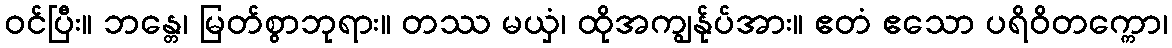
ဝင်ပြီး။ ဘန္တေ၊ မြတ်စွာဘုရား။ တဿ မယှံ၊ ထိုအကျွန်ုပ်အား။ ဧတံ ဧသော ပရိဝိတက္ကော၊